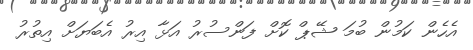
އެހެން ކަމުން ބުމަ ޝޭޕް ކޮށް ފަންސުރު އަޅާ އިރު އެބަޔަށް އިތުރު